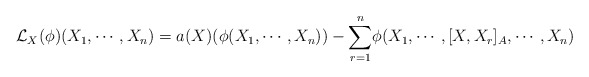
\begin{align*} \mathcal{L}_X(\phi)(X_1,\cdots, X_n)= a(X)(\phi(X_1,\cdots,X_n))-\displaystyle{\sum_{r=1}^n}\phi(X_1,\cdots,[X,X_r]_A,\cdots,X_n)\end{align*}